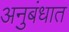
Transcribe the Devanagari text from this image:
अनुबंधात